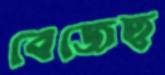
বেজেছ